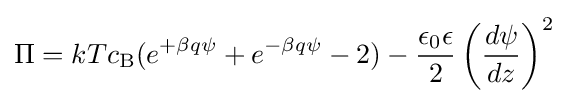
\Pi =kTc_{\rm {B}}(e^{+\beta q\psi }+e^{-\beta q\psi }-2)-{\frac {\epsilon _{0}\epsilon }{2}}\left({\frac {d\psi }{dz}}\right)^{2}